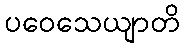
ပဝေသေယျာတိ